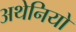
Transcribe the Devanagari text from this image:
अथेनियो